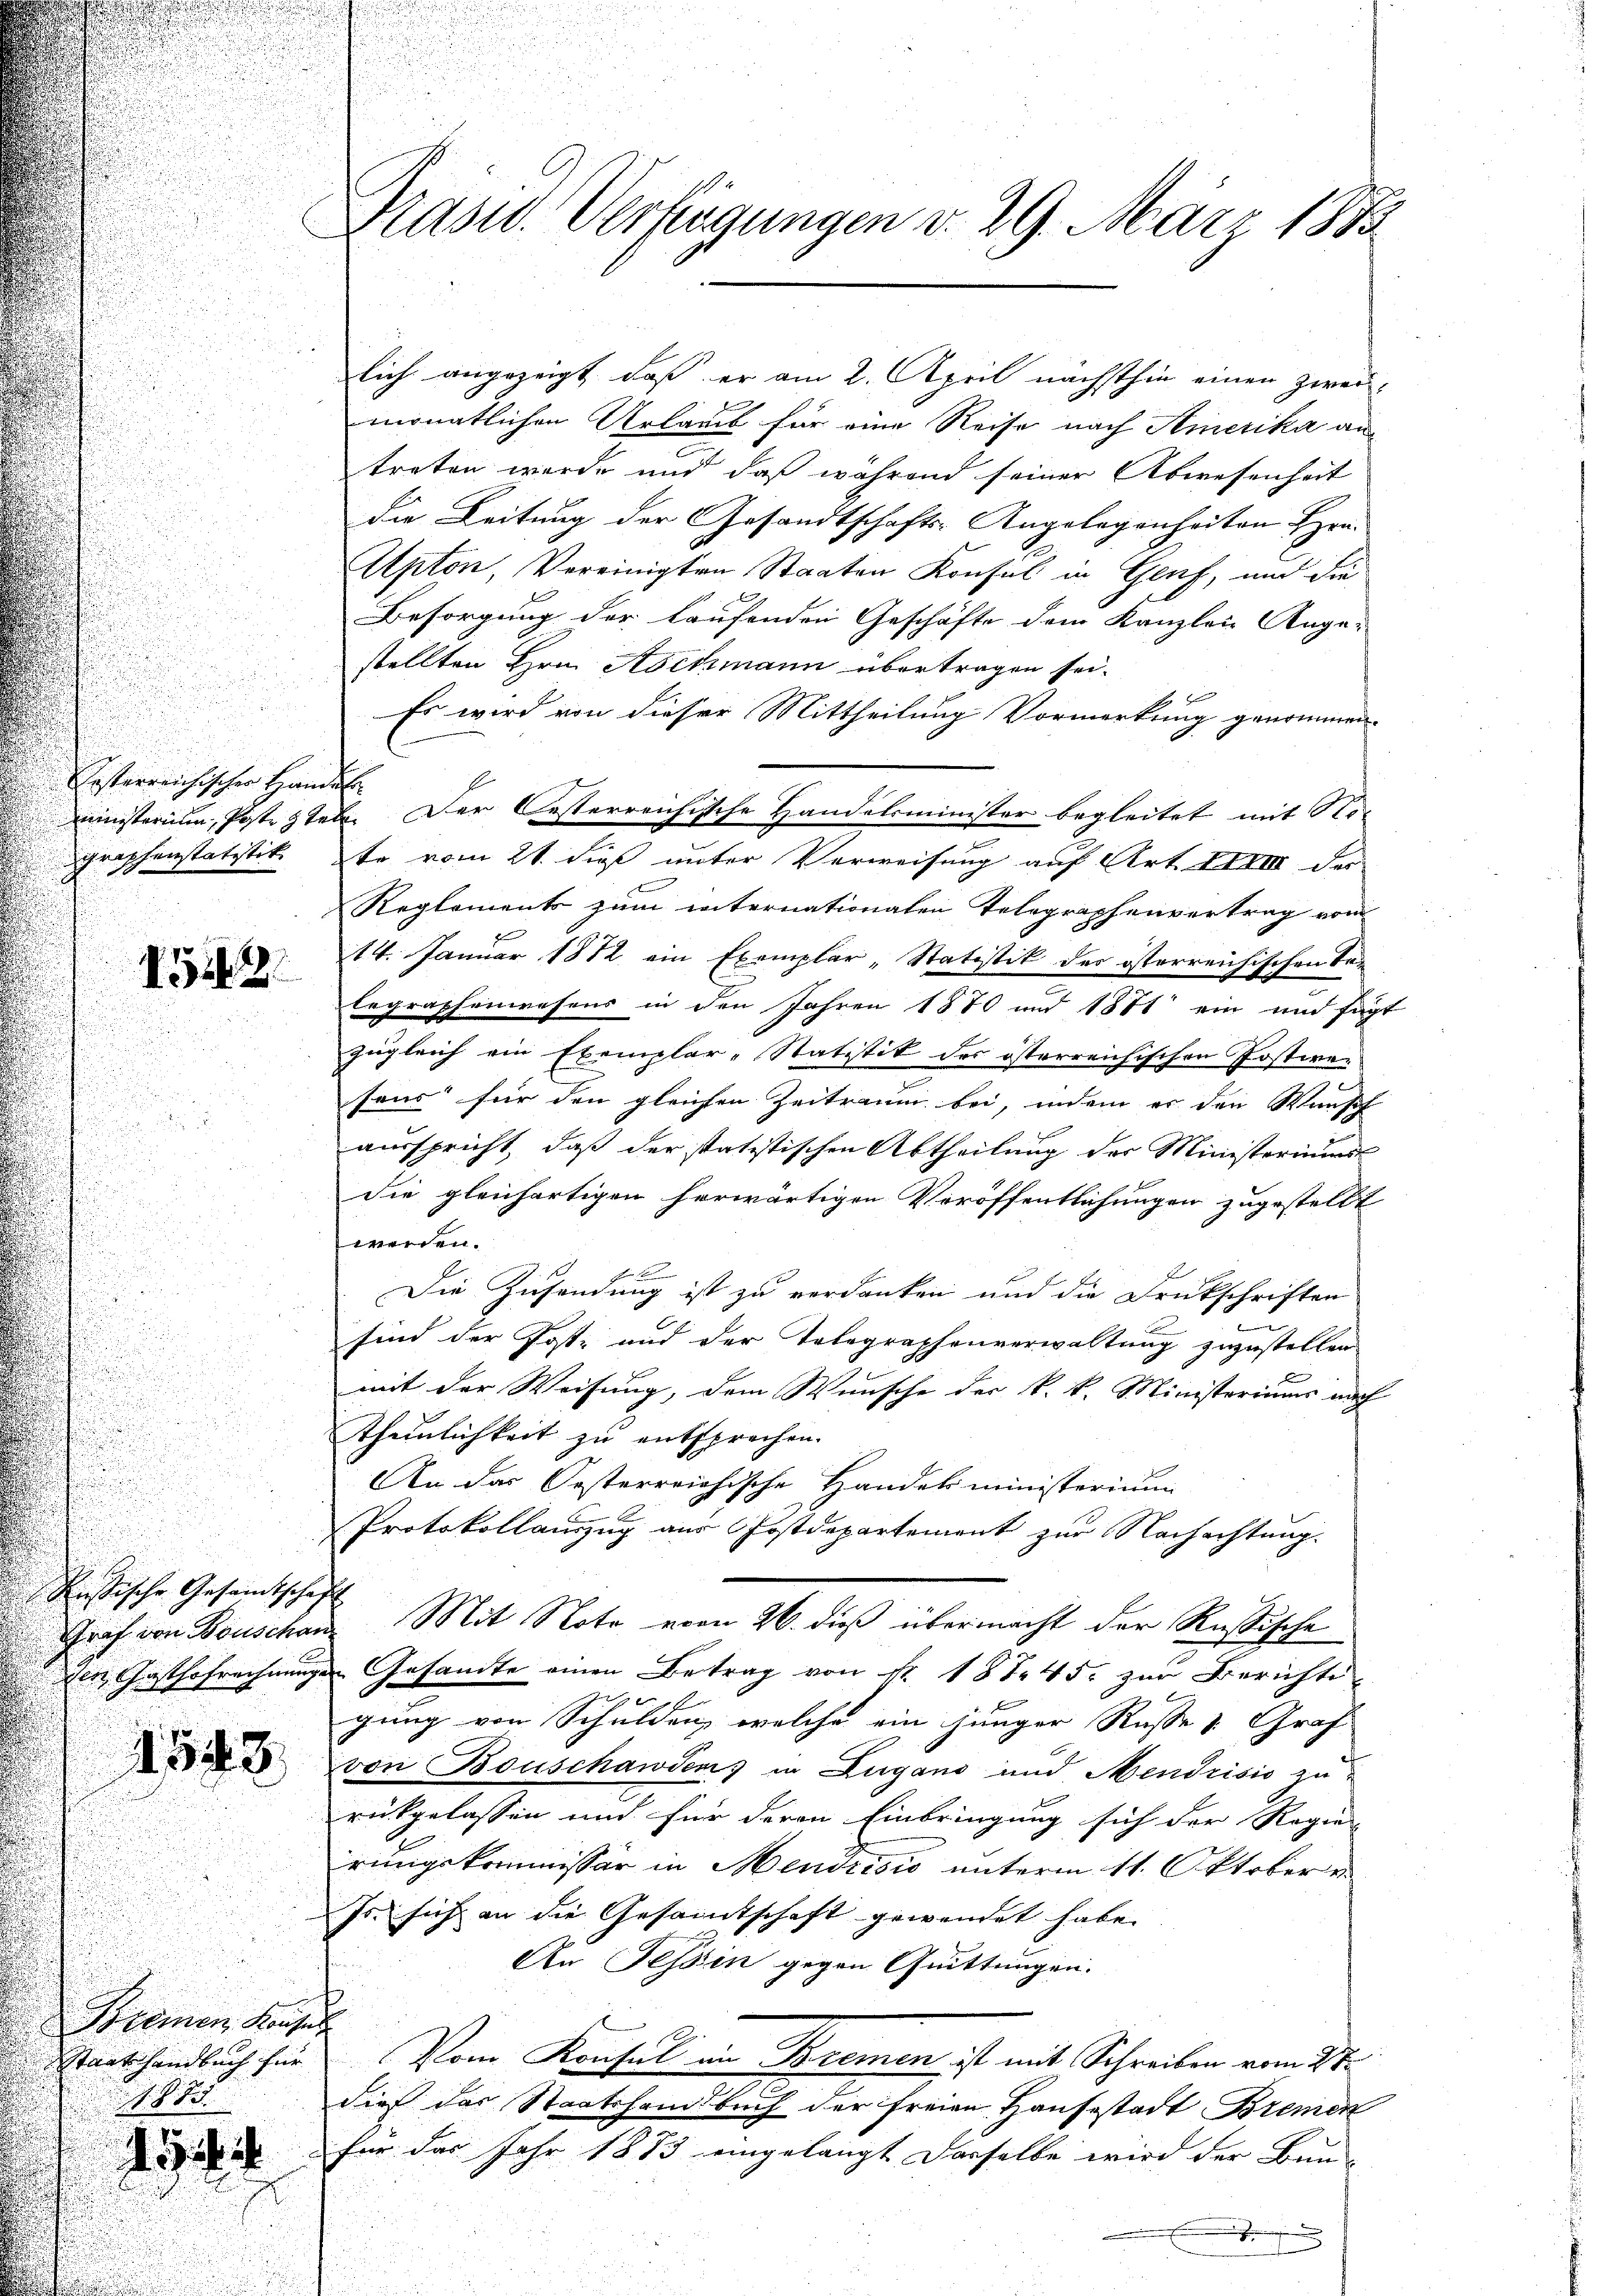
esterreichischer Handel
grophenstatistik.

1522

Fristische Gesandtschaft
der Gasthofrechnunge

4543.

Bremen Hauses
Staatshandbuch für

5

Präsid. Verfügungen d. 29. März 1883

monatlichen Urlaub für eine Reise nach Amerika antreten wurde und daß während seiner Abwesenheit
Die Leitung der Gesandtschafts-Angelegenheiten Hrn.
Apton, Vereinigten Staaten Konsul in Genf, und die
Besorgung der laufenden Geschäfte dem Kanzleie Ange-
stellten Hrn. Aschmann übertragen sei.

Es wird von dieser Mittheilung Vormerkung genommen.
ministerium, Poste stel. Der Oesterreichische Handelsminister begleitet mit Note vom 21. dieß unter Verweisung auf Art. XIVIII des
Reglements zum internationalen Telegraphenvertrag vom
14. Januar 1882 ein Exemplar Statistik des österreichischen Talegraphenwesens in den Jahren 1870 und 1871 ein und fügt
zugleich ein Exemplar-Statitik des österreichischen Postwer
sous für den gleichen Zeitraum bei, indem es den Wunsch
ausspricht, daß der statistischen Abtheilung der Ministeriums
die gleichartigen herwärtigen Veröffentlichungen zugestellt
werden.
Die Zusendung ist zu verdanken und die Druckschriften
u
sind der Poste und der Telegraphenverwaltung zuzustellen
mit der Weisung, dem Wunsche der k. k. Ministeriums nach
Thunlichkeit zu entsprechen.
An das Oesterreichische Handelsministerium
Protokollauszug aus Postdepartement zur Nachachtung.
E
Graf von Bouschan. Mit Note vom 26. dieß übermacht der Rußische
Gesamte einen Betrag von Nr. 187. 45. zur Berichts-
gung von Schulden, welche ein junger Russe v. Graf
von Bouschawden) in Zugano und Mendrisis zu
rückgelassen und für deren Einbringung sich der Regier
rungskommissär in Mendrisis unterm 11. Oktobere
Js. sich an die Gesamtschaft gewendet habe.
An Tessin gegen Quittungen.
Vom Konsul in Bremen ist mit Schreiben vom 28.
g
dieß das Staatshandbuch der freien Hausestadt Bremen
für das Jahr 1873 eingelangt derselbe wird der Bun-
.

lich angezeigt, daß er am 2. April nächsthin einen zwei-